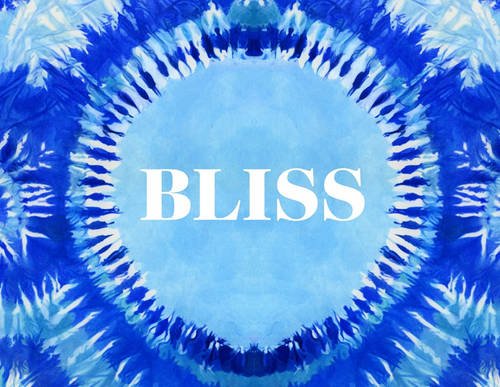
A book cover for Bliss: Transformational Festivals & the Neo Hippie; Arts & Photography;